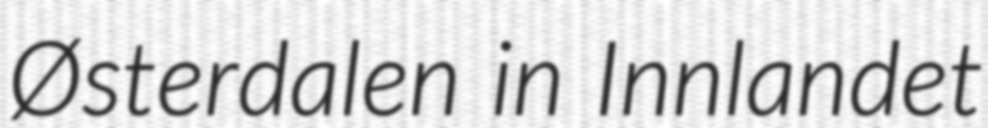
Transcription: Østerdalen in Innlandet